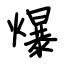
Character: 爆